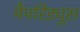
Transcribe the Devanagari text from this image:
मैपरिड्युस